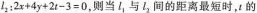
$$l_{2}：2x+4y+2t-3=0$$，则当l_{1}与l_{2}间的距离最短时，t的